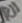
Text: R11